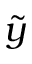
\tilde { y }